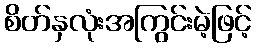
စိတ်နှလုံးအကြွင်းမဲ့ဖြင့်